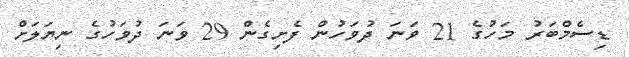
ޑިސެމްބަރު މަހުގެ 21 ވަނަ ދުވަހުން ފެށިގެން 29 ވަނަ ދުވަހުގެ ނިޔަލަށް